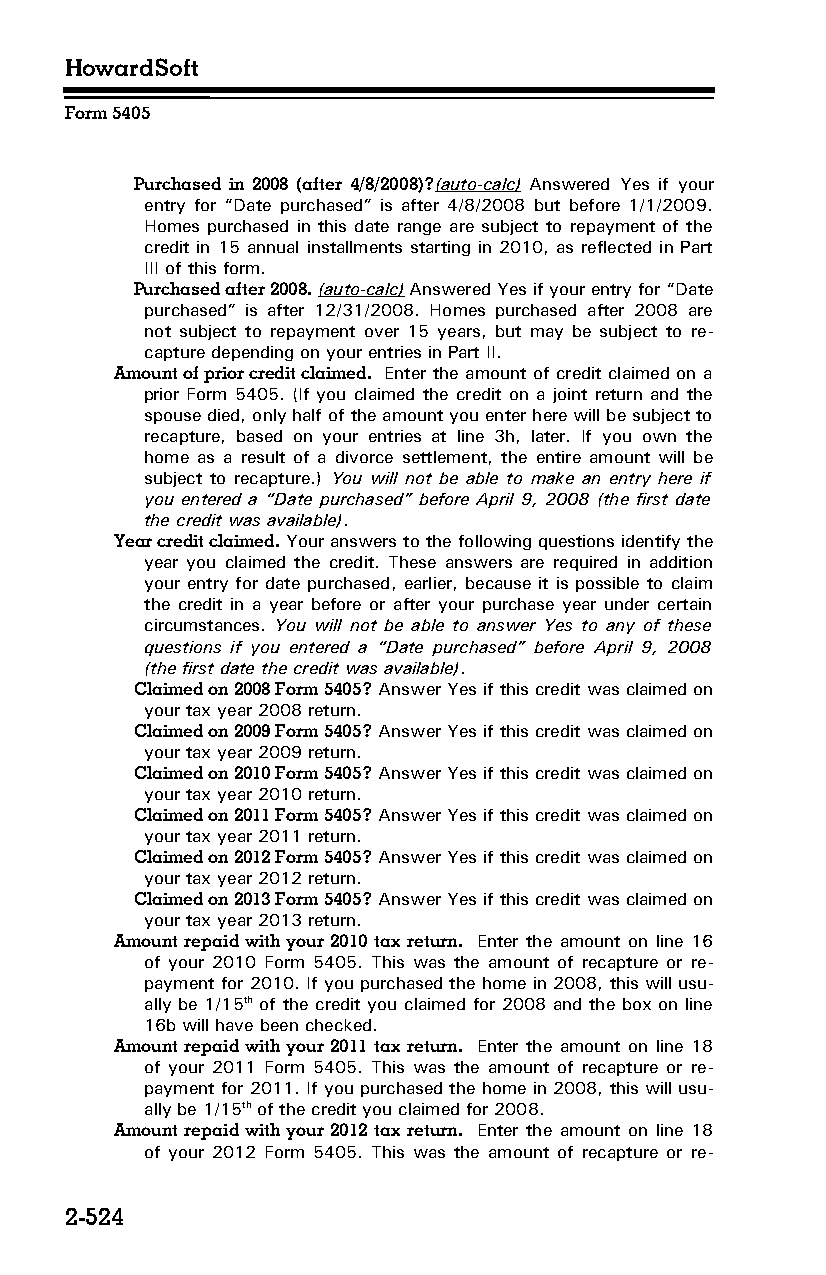
HowardSoft
 Form 5405
 Purchased in 2008 (after 4/8/2008)?(auto-calc) Answered Yes if your
 entry for “Date purchased” is after 4/8/2008 but before 1/1/2009.
 Homes purchased in this date range are subject to repayment of the
 credit in 15 annual installments starting in 2010, as reflected in Part
 III of this form.
 Purchased after 2008. (auto-calc) Answered Yes if your entry for “Date
 purchased” is after 12/31/2008. Homes purchased after 2008 are
 not subject to repayment over 15 years, but may be subject to re­
 capture depending on your entries in Part II.
 Amount of prior credit claimed. Enter the amount of credit claimed on a
 prior Form 5405. (If you claimed the credit on a joint return and the
 spouse died, only half of the amount you enter here will be subject to
 recapture, based on your entries at line 3h, later. If you own the
 home as a result of a divorce settlement, the entire amount will be
 subject to recapture.) You will not be able to make an entry here if
 you entered a “Date purchased” before April 9, 2008 (the first date
 the credit was available).
 Year credit claimed. Your answers to the following questions identify the
 year you claimed the credit. These answers are required in addition
 your entry for date purchased, earlier, because it is possible to claim
 the credit in a year before or after your purchase year under certain
 circumstances. You will not be able to answer Yes to any of these
 questions if you entered a “Date purchased” before April 9, 2008
 (the first date the credit was available).
 Claimed on 2008 Form 5405? Answer Yes if this credit was claimed on
 your tax year 2008 return.
 Claimed on 2009 Form 5405? Answer Yes if this credit was claimed on
 your tax year 2009 return.
 Claimed on 2010 Form 5405? Answer Yes if this credit was claimed on
 your tax year 2010 return.
 Claimed on 2011 Form 5405? Answer Yes if this credit was claimed on
 your tax year 2011 return.
 Claimed on 2012 Form 5405? Answer Yes if this credit was claimed on
 your tax year 2012 return.
 Claimed on 2013 Form 5405? Answer Yes if this credit was claimed on
 your tax year 2013 return.
 Amount repaid with your 2010 tax return. Enter the amount on line 16
 of your 2010 Form 5405. This was the amount of recapture or re­
 payment for 2010. If you purchased the home in 2008, this will usu­
 ally be 1/15th of the credit you claimed for 2008 and the box on line
 16b will have been checked.
 Amount repaid with your 2011 tax return. Enter the amount on line 18
 of your 2011 Form 5405. This was the amount of recapture or re­
 payment for 2011. If you purchased the home in 2008, this will usu­
 ally be 1/15th of the credit you claimed for 2008.
 Amount repaid with your 2012 tax return. Enter the amount on line 18
 of your 2012 Form 5405. This was the amount of recapture or re­
 2-524